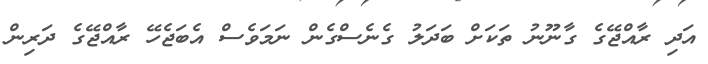
އަދި ރާއްޖޭގެ ގާނޫނު ތަކަށް ބަދަލު ގެނެސްގެން ނަމަވެސް އެބަޖެހޭ ރާއްޖޭގެ ދަރިން